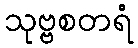
သုဗ္ဗစတရံ